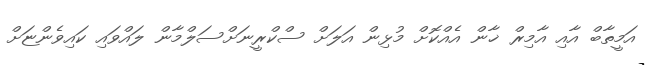
އަމީތާބް އާއި އާމިރް ޚާން އެއްކޮށް މުޅިން އަލަށް ސްކްރީނަށްސަލްމާން ލައްވައި ކައިވެންޏަށް